Lunatic asylums United Provinces 1899-1908 - 1899-1908
Year: 1899
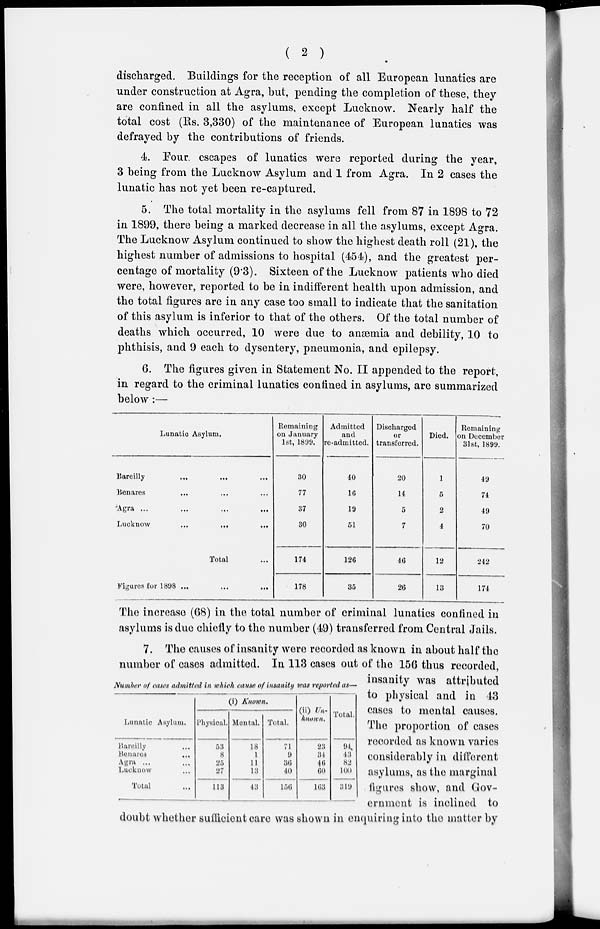
( 2 )
discharged. Buildings for the reception of all European lunatics are
under construction at Agra, but, pending the completion of these, they
are confined in all the asylums, except Lucknow. Nearly half the
total cost (Rs. 3,330) of the maintenance of European lunatics was
defrayed by the contributions of friends.
4. Four escapes of lunatics were reported during the year,
3 being from the Lucknow Asylum and 1 from Agra. In 2 cases the
lunatic has not yet been re-captured.
5. The total mortality in the asylums fell from 87 in 1898 to 72
in 1899, there being a marked decrease in all the asylums, except Agra.
The Lucknow Asylum continued to show the highest death roll (21), the
highest number of admissions to hospital (454), and the greatest per-
centage of mortality (9.3). Sixteen of the Lucknow patients who died
were, however, reported to be in indifferent health upon admission, and
the total figures are in any case too small to indicate that the sanitation
of this asylum is inferior to that of the others. Of the total number of
deaths which occurred, 10 were due to anæmia and debility, 10 to
phthisis, and 9 each to dysentery, pneumonia, and epilepsy.
6. The figures given in Statement No. II appended to the report,
in regard to the criminal lunatics confined in asylums, are summarized
below :—
Lunatic Asylum.
Bareilly ... ... ...
Benares ... ... ...
Agra
...
...
...
...
Lucknow
...
...
...
Total ...
Figures for 1898 ... ... ...
Remaining
on January
1st, 1809.
30
77
37
30
174
178
Admitted
and
re-admitted.
40
16
19
51
126
35
Discharged
or
transferred.
20
14
5
7
46
26
Died.
1
5
2
4
12
13
Remaining
on December
31st, 1899.
49
74
49
70
242
174
The increase (68) in the total number of criminal lunatics confined in
asylums is due chiefly to the number (49) transferred from Central Jails.
Number of cases admitted in which cause of insanity was reported as—
Lunatic Asylum.
Hardily ...
Benares ...
Agra ... ...
Lucknow ...
Total ...
(i) Known.
Physical.
53
8
25
27
113
Mental.
18
1
11
13
43
Total.
71
9
36
40
156
(ii) Un-
known.
23
34
46
60
163
Total.
94
43
82
100
319
7. The causes of insanity were recorded as known in about half the
number of cases admitted. In 113 cases out of the 156 thus recorded,
insanity was attributed
to physical and in 43
cases to mental causes.
The proportion of cases
recorded as known varies
considerably in different
asylums, as the marginal
figures show, and Gov-
ernment is inclined to
doubt whether sufficient care was shown in enquiring into the matter by